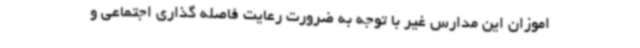
اموزان این مدارس غیر با توجه به ضرورت رعایت فاصله گذاری اجتماعی و